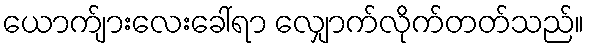
ယောက်ျားလေးခေါ်ရာ လျှောက်လိုက်တတ်သည်။